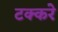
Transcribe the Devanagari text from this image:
टक्करे